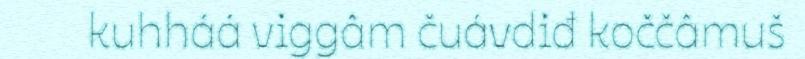
kuhháá viggâm čuávdiđ koččâmuš